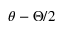
\theta - \Theta / 2